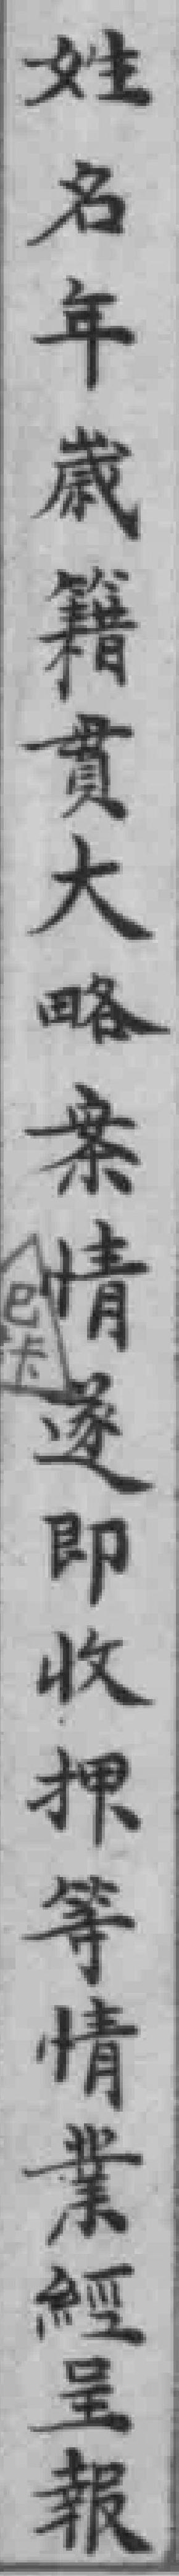
姓名年歲籍貫大略案情遂即收押等情業經呈報